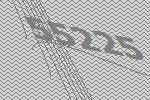
55225